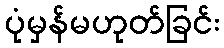
ပုံမှန်မဟုတ်ခြင်း